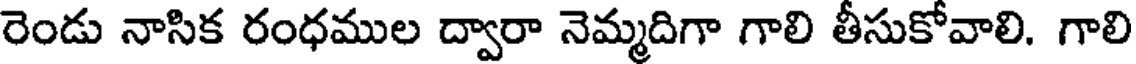
రెండు నాసిక రంధముల ద్వారా నెమ్మదిగా గాలి తీసుకోవాలి. గాలి